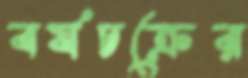
বর্ষচক্রের